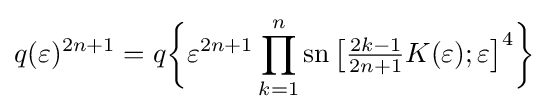
q(\varepsilon )^{2n+1}=q{\biggl \{}\varepsilon ^{2n+1}\prod _{k=1}^{n}\operatorname {sn} {\bigl [}{\tfrac {2k-1}{2n+1}}K(\varepsilon );\varepsilon {\bigr ]}^{4}{\biggr \}}